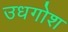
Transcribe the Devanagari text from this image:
उधगोश